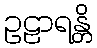
ဥဠာရန္တိ